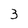
Character: 3